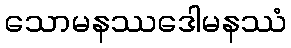
သောမနဿဒေါမနဿံ